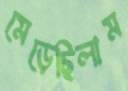
মেড়েছিলাম